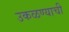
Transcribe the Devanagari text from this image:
उकळण्याची